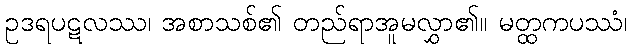
ဥဒရပဋလဿ၊ အစာသစ်၏ တည်ရာအူမလွှာ၏။ မတ္ထကပဿံ၊